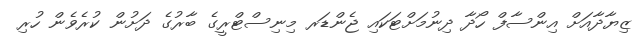
ޒިޔާދާއަށް އިންސާފް ހޯދާ ދިނުމަށްޓަކައި ޖެންޑަރ މިނިސްޓްރީގެ ބާރުގެ ދަށުން ކުރެވެން ހުރި